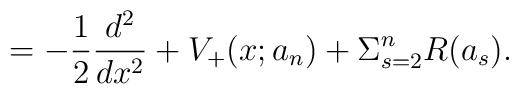
= -\frac{1}{2}\frac{d^{2}}{dx^{2}} + V_{+}(x;a_{n}) + \Sigma_{s=2}^{n}R(a_s).